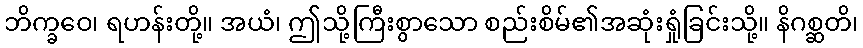
ဘိက္ခဝေ၊ ရဟန်းတို့။ အယံ၊ ဤသို့ကြီးစွာသော စည်းစိမ်၏အဆုံးရှုံခြင်းသို့။ နိဂစ္ဆတိ၊